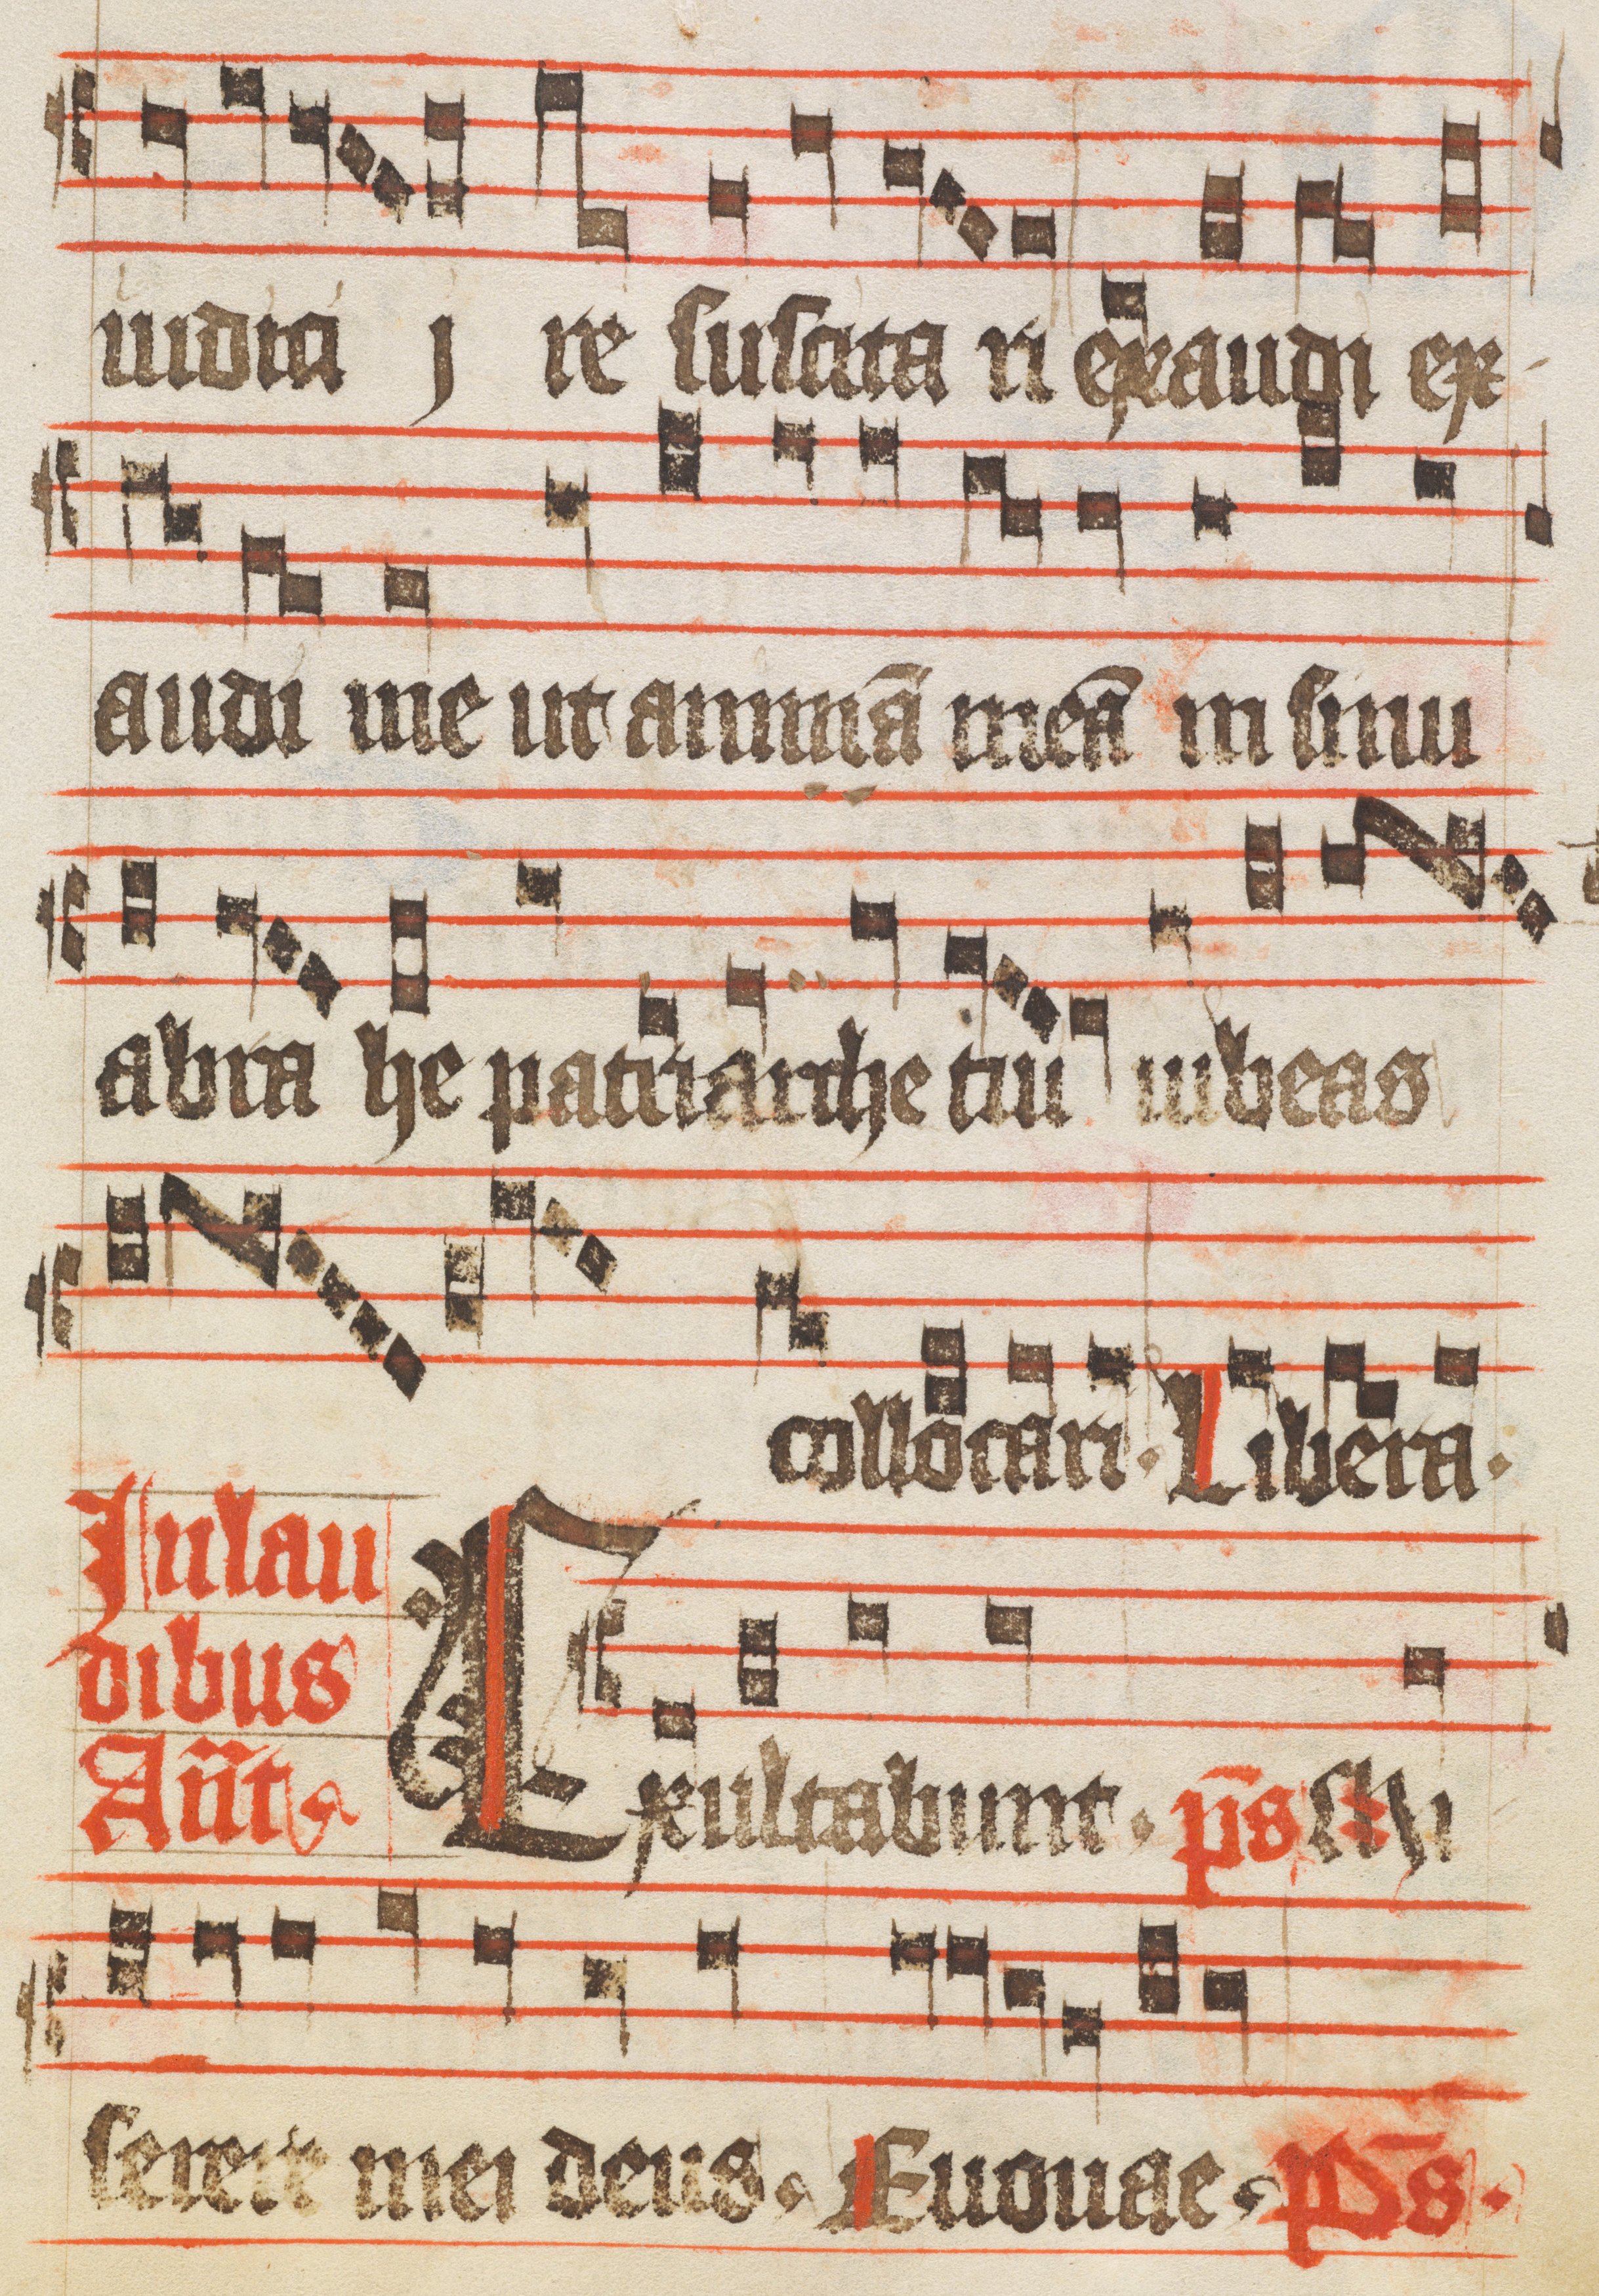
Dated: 1400–1449